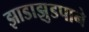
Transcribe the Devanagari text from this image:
झाडाझुडपाने